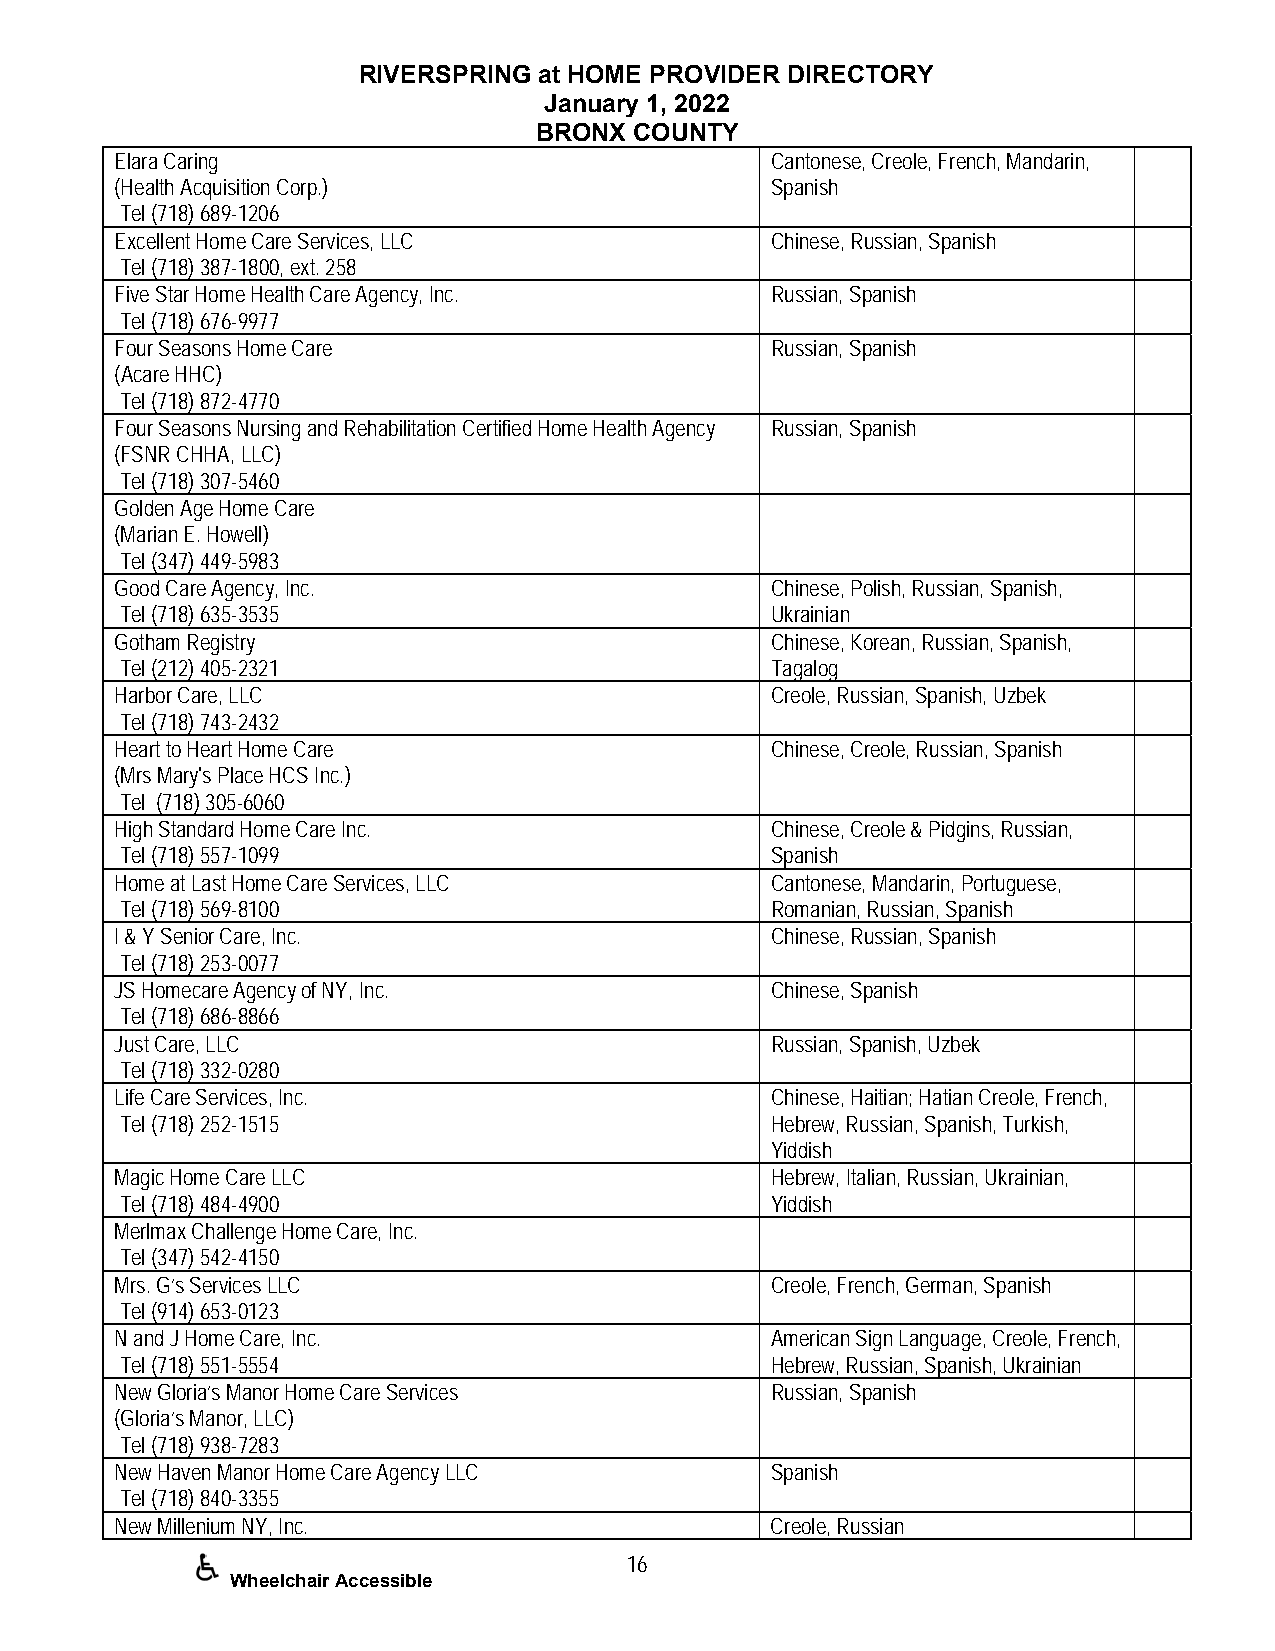
RIVERSPRING at HOME PROVIDER DIRECTORY
 January 1, 2022
 BRONX  COUNTY
 Elara Caring                               Cantonese, Creole, French, Mandarin,
 (Health Acquisition Corp.)                 Spanish
 Tel (718) 689-1206
 Excellent Home Care Services, LLC          Chinese, Russian, Spanish
 Tel (718) 387-1800, ext. 258
 Five Star Home Health Care Agency, Inc.    Russian, Spanish
 Tel (718) 676-9977
 Four Seasons Home Care                     Russian, Spanish
 (Acare HHC)
 Tel (718) 872-4770
 Four Seasons Nursing and Rehabilitation Certified Home Health Agency Russian, Spanish
 (FSNR CHHA, LLC)
 Tel (718) 307-5460
 Golden Age Home Care
 (Marian E. Howell)
 Tel (347) 449-5983
 Good Care Agency, Inc.                     Chinese, Polish, Russian, Spanish,
 Tel (718) 635-3535                         Ukrainian
 Gotham Registry                            Chinese, Korean, Russian, Spanish,
 Tel (212) 405-2321                         Tagalog
 Harbor Care, LLC                           Creole, Russian, Spanish, Uzbek
 Tel (718) 743-2432
 Heart to Heart Home Care                   Chinese, Creole, Russian, Spanish
 (Mrs Mary's Place HCS Inc.)
 Tel (718) 305-6060
 High Standard Home Care Inc.               Chinese, Creole & Pidgins, Russian,
 Tel (718) 557-1099                         Spanish
 Home at Last Home Care Services, LLC       Cantonese, Mandarin, Portuguese,
 Tel (718) 569-8100                         Romanian, Russian, Spanish
 I & Y Senior Care, Inc.                    Chinese, Russian, Spanish
 Tel (718) 253-0077
 JS Homecare Agency of NY, Inc.             Chinese, Spanish
 Tel (718) 686-8866
 Just Care, LLC                             Russian, Spanish, Uzbek
 Tel (718) 332-0280
 Life Care Services, Inc.                   Chinese, Haitian; Hatian Creole, French,
 Tel (718) 252-1515                         Hebrew, Russian, Spanish, Turkish,
 Yiddish
 Magic Home Care LLC                        Hebrew, Italian, Russian, Ukrainian,
 Tel (718) 484-4900                         Yiddish
 Merlmax Challenge Home Care, Inc.
 Tel (347) 542-4150
 Mrs. G’s Services LLC                      Creole, French, German, Spanish
 Tel (914) 653-0123
 N and J Home Care, Inc.                    American Sign Language, Creole, French,
 Tel (718) 551-5554                         Hebrew, Russian, Spanish, Ukrainian
 New Gloria’s Manor Home Care Services      Russian, Spanish
 (Gloria’s Manor, LLC)
 Tel (718) 938-7283
 New Haven Manor Home Care Agency LLC       Spanish
 Tel (718) 840-3355
 New Millenium NY, Inc.                     Creole, Russian
 16
 Wheelchair Accessible